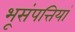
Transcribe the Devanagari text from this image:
भूसंपत्तियां